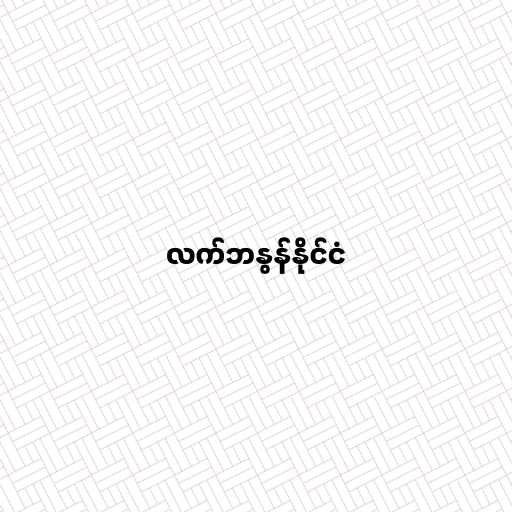
လက်ဘနွန်နိုင်ငံ